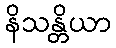
နိသန္တိယာ